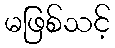
မဖြစ်သင့်